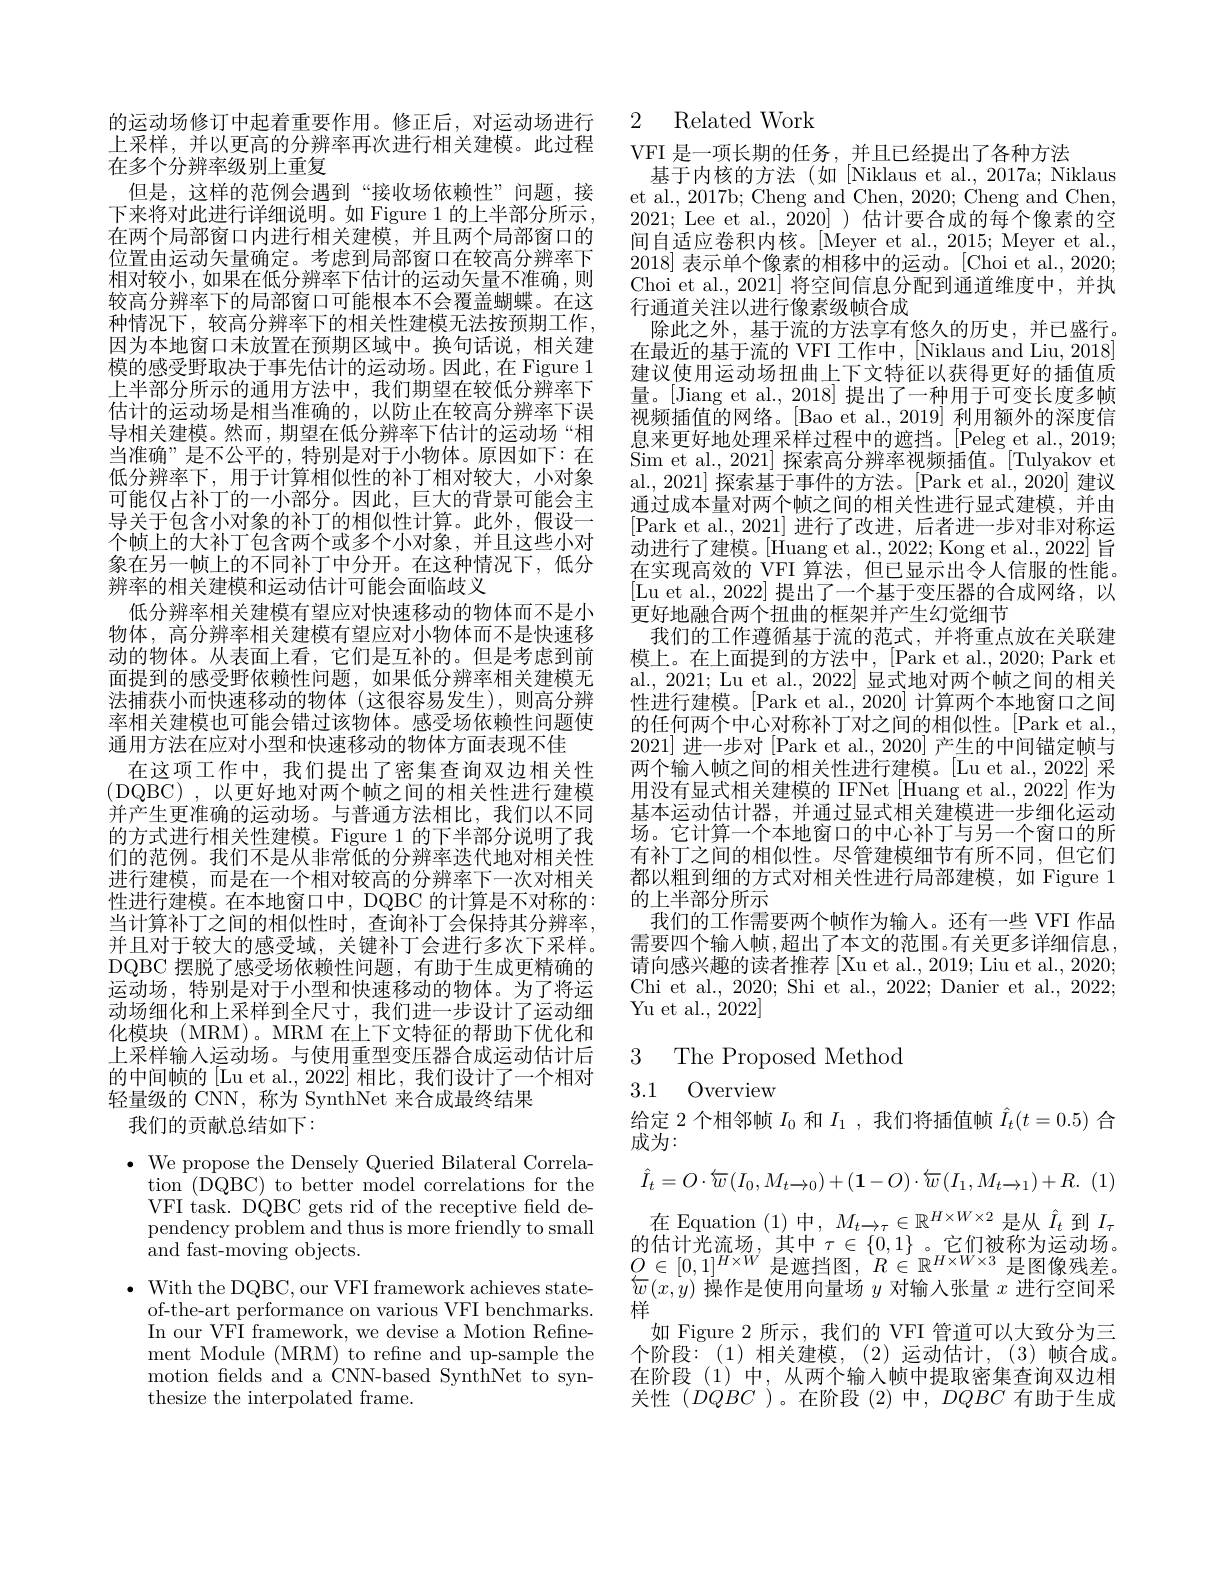
的运动场修订中起着重要作用。修正后，对运动场进行上采样，并以更高的分辨率再次进行相关建模。此过程在多个分辨率级别上重复
但是，这样的范例会遇到“接收场依赖性”问题，接下来将对此进行详细说明。如 Figure 1 的上半部分所示在两个局部窗口内进行相关建模，并且两个局部窗口的位置由运动矢量确定。考虑到局部窗口在较高分辨率下相对较小，如果在低分辨率下估计的运动矢量不准确，则较高分辨率下的局部窗口可能根本不会覆盖蝴蝶。在这种情况下，较高分辨率下的相关性建模无法按预期工作， 因为本地窗口未放置在预期区域中。换句话说，相关建模的感受野取决于事先估计的运动场。因此，在 Figure 1上半部分所示的通用方法中，我们期望在较低分辨率下估计的运动场是相当准确的，以防止在较高分辨率下误导相关建模。然而，期望在低分辨率下估计的运动场“相当准确”是不公平的，特别是对于小物体。原因如下：在低分辨率下，用于计算相似性的补丁相对较大，小对象可能仅占补丁的一小部分。因此，巨大的背景可能会主导关于包含小对象的补丁的相似性计算。此外，假设一个帧上的大补丁包含两个或多个小对象，并且这些小对象在另一帧上的不同补丁中分开。在这种情况下，低分辨率的相关建模和运动估计可能会面临歧义
低分辨率相关建模有望应对快速移动的物体而不是小物体，高分辨率相关建模有望应对小物体而不是快速移动的物体。从表面上看，它们是互补的。但是考虑到前面提到的感受野依赖性问题，如果低分辨率相关建模无法捕获小而快速移动的物体(这很容易发生),则高分辨率相关建模也可能会错过该物体。感受场依赖性问题使通用方法在应对小型和快速移动的物体方面表现不佳
在这项工作中，我们提出了密集查询双边相关性(DQBC),以更好地对两个帧之间的相关性进行建模并产生更准确的运动场。与普通方法相比，我们以不同的方式进行相关性建模。Figure 1 的下半部分说明了我们的范例。我们不是从非常低的分辨率迭代地对相关性进行建模，而是在一个相对较高的分辨率下一次对相关性进行建模。在本地窗口中，DQBC 的计算是不对称的： 当计算补丁之间的相似性时，查询补丁会保持其分辨率， 并且对于较大的感受域，关键补丁会进行多次下采样。DQBC 摆脱了感受场依赖性问题，有助于生成更精确的运动场，特别是对于小型和快速移动的物体。为了将运动场细化和上采样到全尺寸，我们进一步设计了运动细化模块(MRM)。MRM 在上下文特征的帮助下优化和上采样输人运动场。与使用重型变压器合成运动估计后的中间帧的 [Lu et al., 2022] 相比，我们设计了一个相对轻量级的 CNN, 称为 SynthNet 来合成最终结果
我们的贡献总结如下：

$\bullet$ We propose the Densely Queried Bilateral Correla-
tion (DQBC) to better model correlations for the VFI task. DQBC gets rid of the receptive feld dependency problem and thus is more friendly to small ${\mathrm{and~fast-moving~objects.}}$
$\bullet$ With the DQBC, our VFI framework achieves state-
of-the-art performance on various VFI benchmarks. In our VFI framework, we devise a Motion Refinement Module (MRM) to refine and up-sample the motion felds and a CNN-based SynthNet to synthesize the interpolated frame.

### 2 Related Work

VFI 是一项长期的任务，并且已经提出了各种方法
基于内核的方法(如[Niklaus et al., 2017a; Niklaus et al., 2017b; Cheng and Chen, 2020; Cheng and Chen, 2021; Lee et al., 2020] ) 估计要合成的每个像素的空间自适应卷积内核。[Meyer et al., 2015; Meyer et al., 2018]表示单个像素的相移中的运动。[Choi et al., 2020; Choi et al., 2021] 将空间信息分配到通道维度中，并执行通道关注以进行像素级帧合成
除此之外，基于流的方法享有悠久的历史，并已盛行。在最近的基于流的 VFI 工作中，[Niklaus and Liu, 2018] 建议使用运动场扭曲上下文特征以获得更好的插值质量。[Jiang et al., 2018] 提出了一种用于可变长度多帧视频插值的网络。[Bao et al., 2019] 利用额外的深度信息来更好地处理采样过程中的遮挡。[Peleg et al., 2019; Sim et al., 2021] 探索高分辨率视频插值。[Tulyakov et al., 2021] 探索基于事件的方法。[Park et al., 2020] 建议通过成本量对两个帧之间的相关性进行显式建模，并由[Park et al., 2021] 进行了改进，后者进一步对非对称运动进行了建模。[Huang et al., 2022; Kong et al., 2022] 旨在实现高效的 VFI 算法，但已显示出令人信服的性能。[Lu et al., 2022] 提出了一个基于变压器的合成网络，以更好地融合两个扭曲的框架并产生幻觉细节
我们的工作遵循基于流的范式，并将重点放在关联建模上。在上面提到的方法中，[Park et al., 2020; Park et al., 2021; Lu et al., 2022] 显式地对两个帧之间的相关性进行建模。[Park et al.,2020] 计算两个本地窗口之间的任何两个中心对称补丁对之间的相似性。[Park et al., 2021]进一步对 [Park et al., 2020] 产生的中间锚定帧与两个输入帧之间的相关性进行建模。[Lu et al., 2022] 采用没有显式相关建模的 IFNet $\left|\text{Huang et al.,2022}\right|$作为基本运动估计器，并通过显式相关建模进一步细化运动场。它计算一个本地窗口的中心补丁与另一个窗口的所有补丁之间的相似性。尽管建模细节有所不同，但它们都以粗到细的方式对相关性进行局部建模，如 Figure 1的上半部分所示
我们的工作需要两个帧作为输人。还有一些 VFI 作品需要四个输人帧，超出了本文的范围。有关更多详细信息， 请向感兴趣的读者推荐 [Xu et al., 2019; Liu et al., 2020; Chi et al., 2020; Shi et al., 2022; Danier et al., 2022; Yu et al., 2022]

3 The Proposed Method
## 3.1 Overview

给定 2 个相邻帧$I_0$和$I_1$,我们将插值帧$\hat{I}_t(t=0.5)$合
成为：
$$\hat{I}_{t}=O\cdot\overleftarrow{w}\left(I_{0},M_{t\rightarrow0}\right)+\left(\mathbf{1}-O\right)\cdot\overleftarrow{w}\left(I_{1},M_{t\rightarrow1}\right)+R.$$
在 Equation (1)中$,M_t\to\tau\in\mathbb{R}^{H\times W\times2}$是从$\hat{I}_t$到$I_\tau$ $\begin{array}{l}{{\text{的估计光流场，其中 }\tau\in\{0,1\}}}&{\text{。它们被称为运动场。}}\\{{O\in[0,1]^{H\times W}}}&{{\text{是遮挡图，}R\in\mathbb{R}^{H\times W\times3}}}&{{\text{是图像残差。}}}\\{{\:}}\end{array}$ $\overleftarrow{w}(x,y)$操作是使用向量场$y$对输入张量$x$进行空间采样
如 Figure 2 所示，我们的 VFI 管道可以大致分为三个阶段：(1)相关建模，(2)运动估计，(3)帧合成。在阶段(1)中，从两个输入帧中提取密集查询双边相关性($DQBC$ )。在阶段(2)中，$DQBC$有助于生成